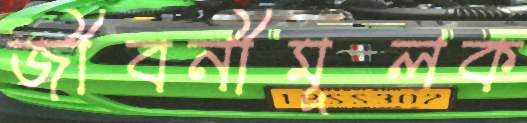
জীবনীমূলক